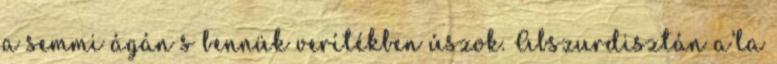
a semmi ágán s bennük verítékben úszok. Abszurdisztán a’la